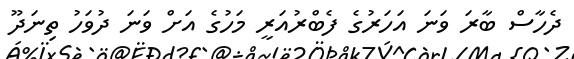
ދެހާސް ބާރަ ވަނަ އަހަރުގެ ފެބްރުއަރީ މަހުގެ އަށް ވަނަ ދުވަހު ތިނަދޫ